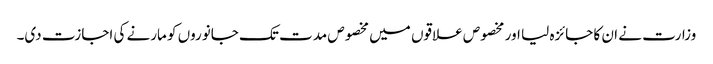
وزارت نے ان کا جائزہ لیا اور مخصوص علاقوں میں مخصوص مدت تک جانوروں کو مارنے کی اجازت دی۔